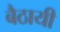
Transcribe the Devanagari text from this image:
बैठायी